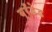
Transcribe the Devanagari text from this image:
ब्रँडेड